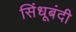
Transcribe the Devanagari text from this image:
सिंधूबंदी